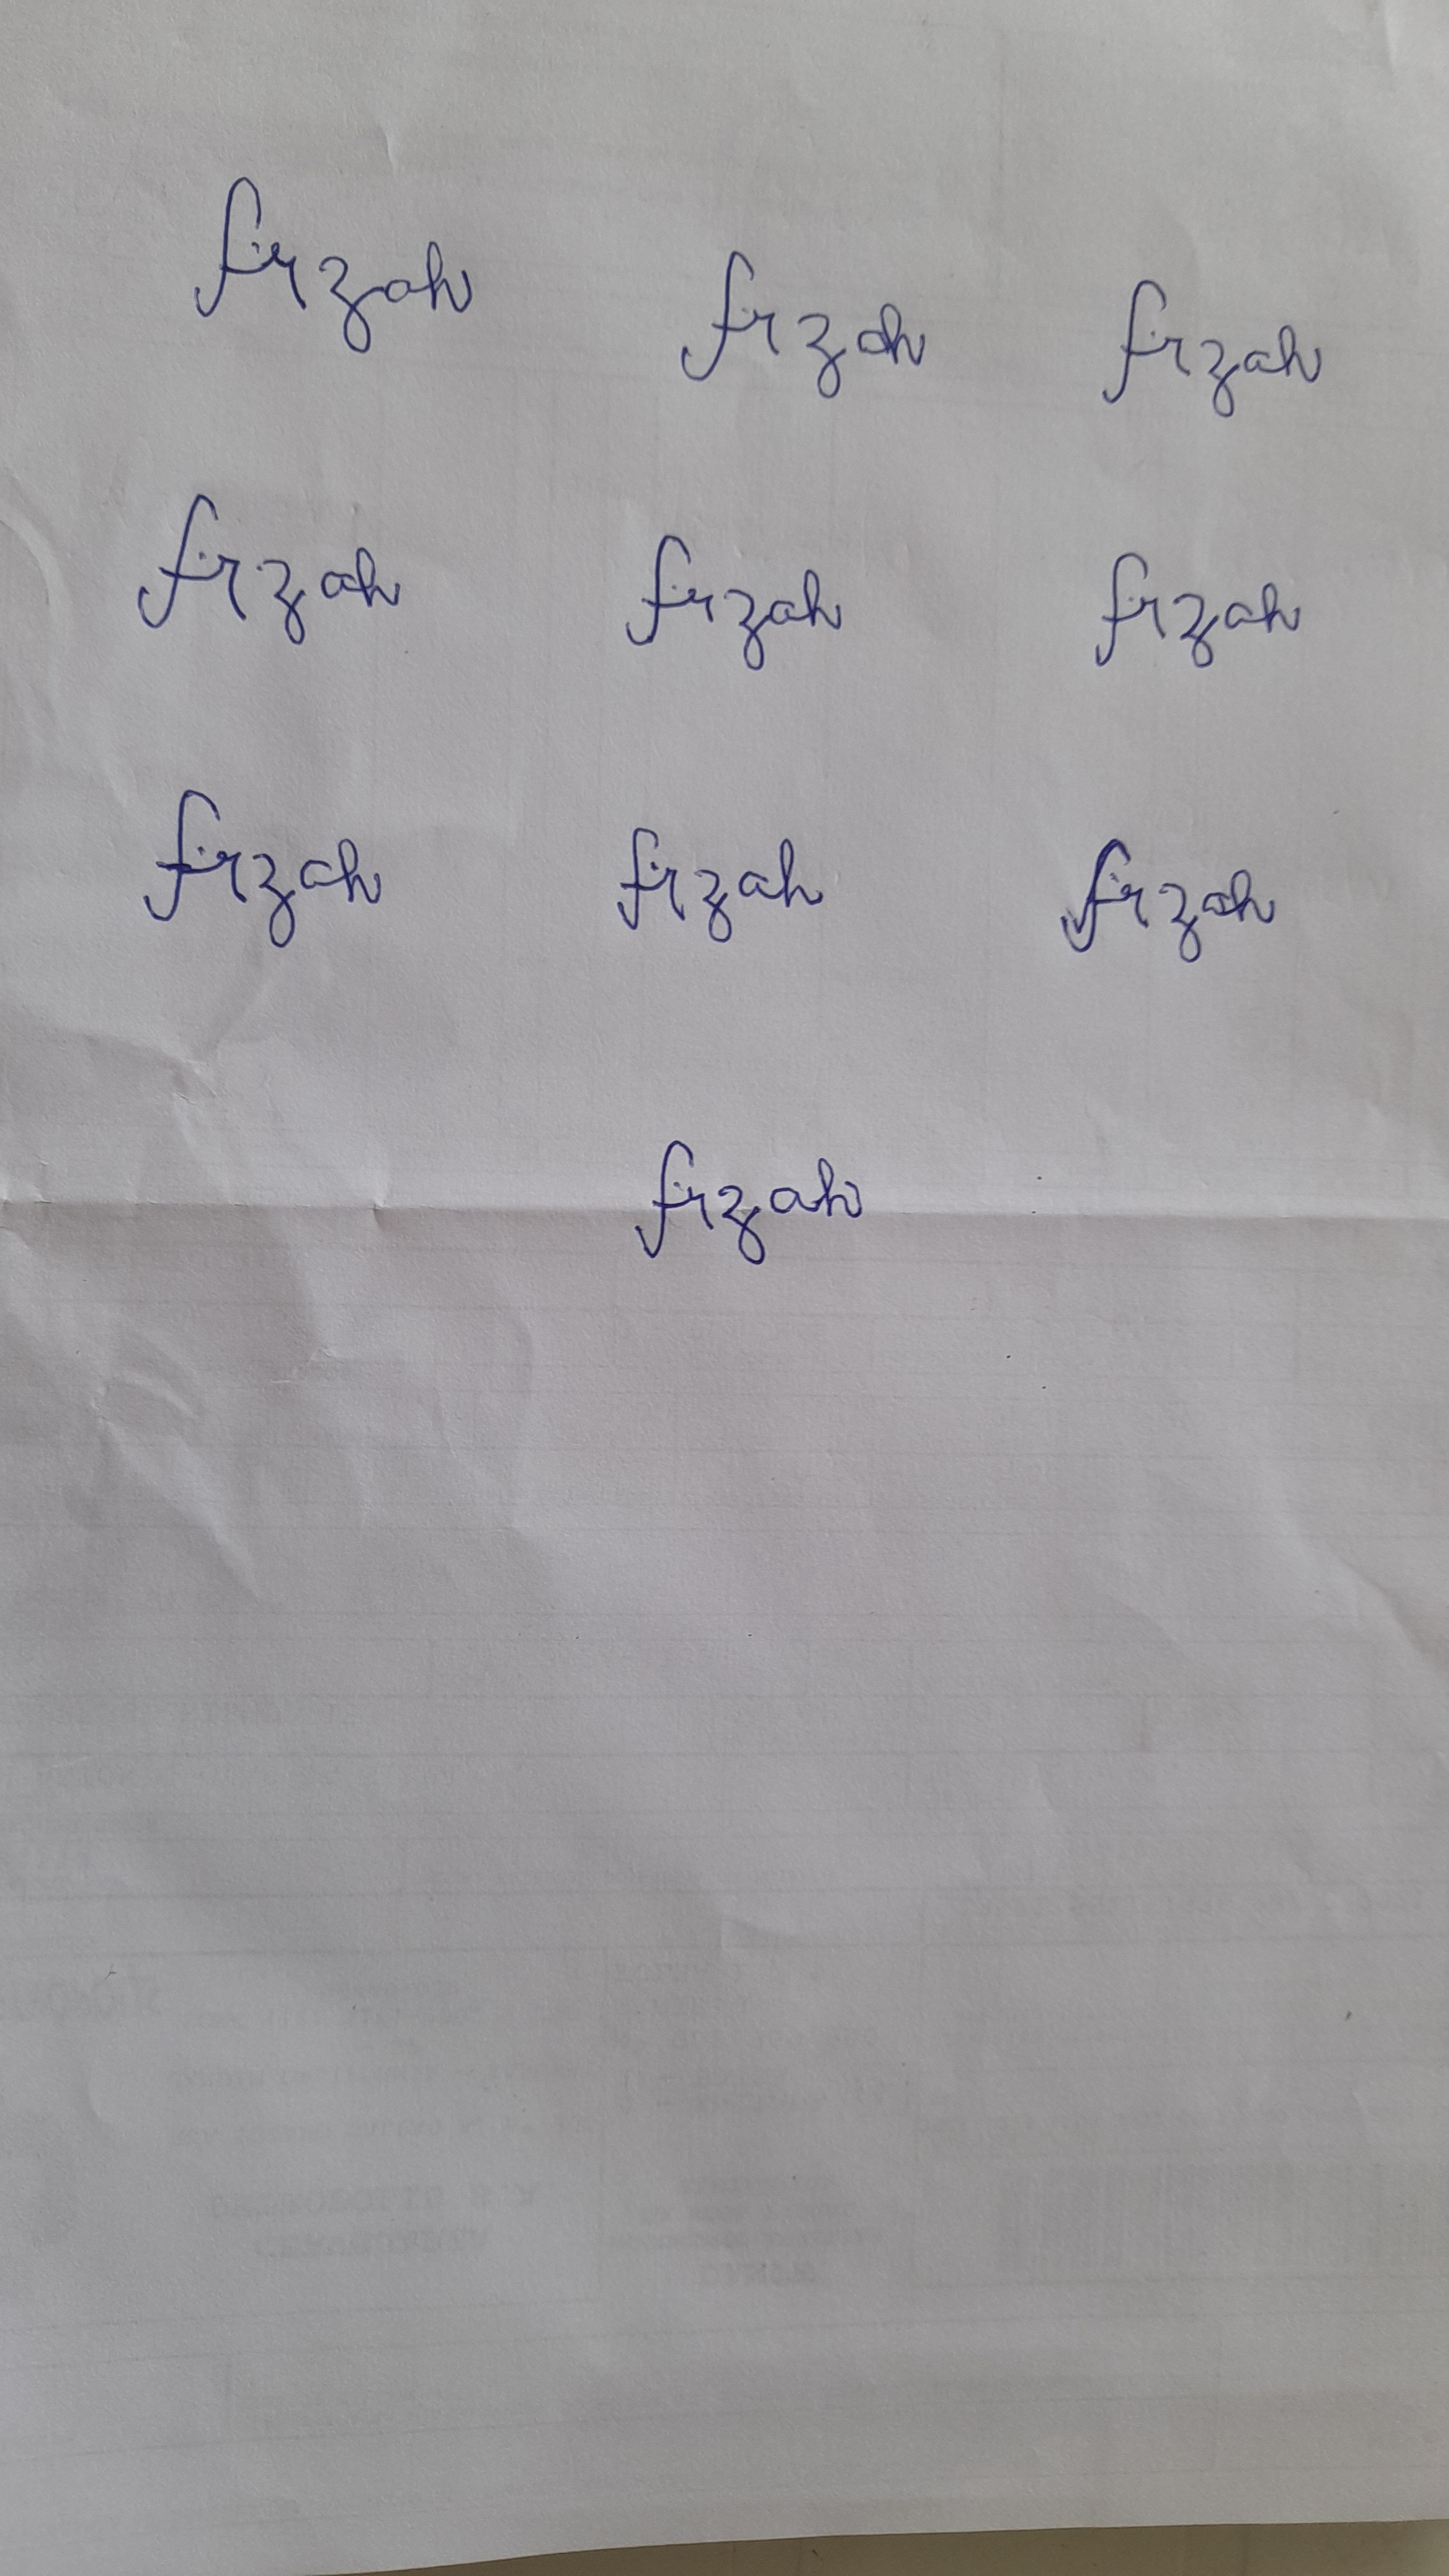
Signature authenticity: forged